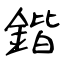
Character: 鍇